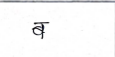
मजकूर: ब